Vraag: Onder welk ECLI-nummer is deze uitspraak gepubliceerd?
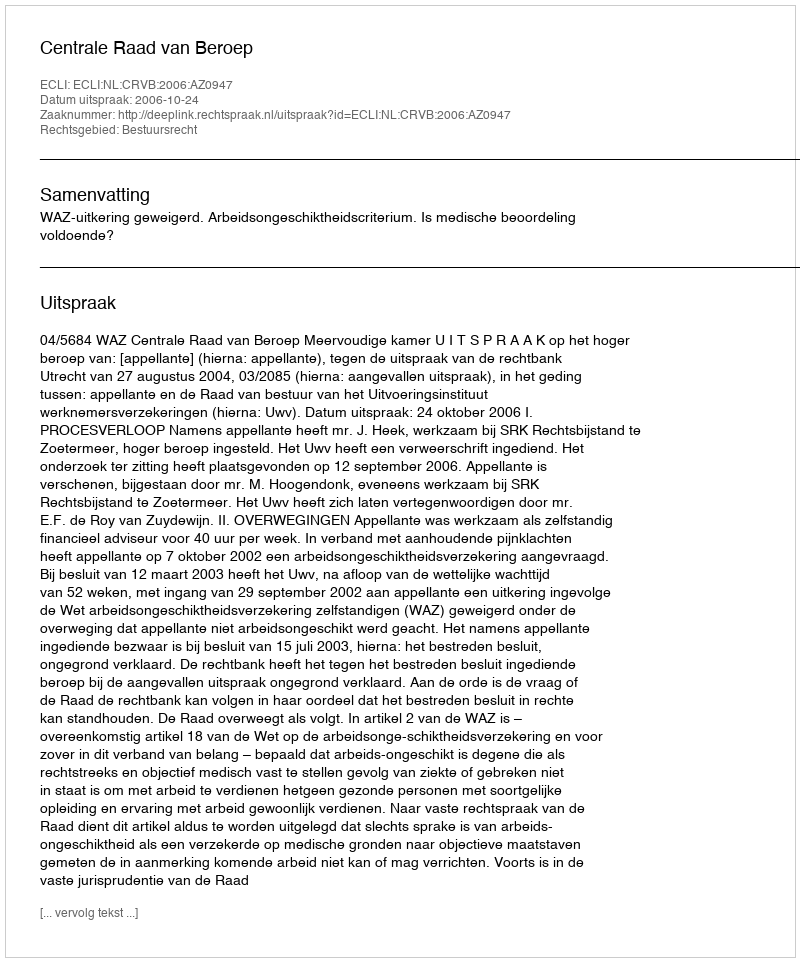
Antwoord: ECLI:NL:CRVB:2006:AZ0947